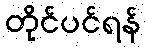
တိုင်ပင်ရန်